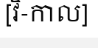
[វិ-កាល]